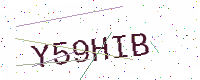
Text: Y59HIB